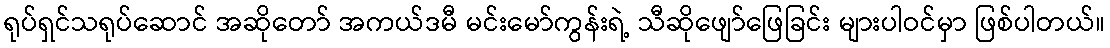
ရုပ်ရှင်သရုပ်ဆောင် အဆိုတော် အကယ်ဒမီ မင်းမော်ကွန်းရဲ့ သီဆိုဖျော်ဖြေခြင်း များပါဝင်မှာ ဖြစ်ပါတယ်။